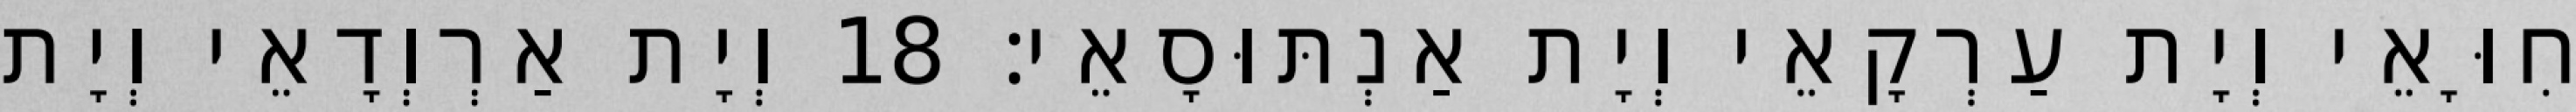
חִוָּאֵי וְיָת עַרְקָאֵי וְיָת אַנְתּוּסָאֵי׃ 18 וְיָת אַרְוְדָאֵי וְיָת